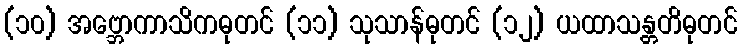
(၁၀) အဗ္ဘောကာသိကဓုတင် (၁၁) သုသာန်ဓုတင် (၁၂) ယထာသန္တတိဓုတင်